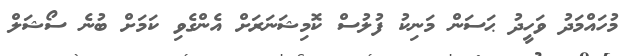
މުހައްމަދު ވަހީދު ޙަސަން މަނިކު ފުލުސް ކޮމިޝަނަރަށް އެންގެވި ކަމަށް ބުނެ ސޯޝަލް